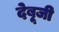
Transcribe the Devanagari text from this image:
देबूजी